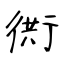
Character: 衖